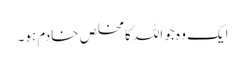
ایک وہ جو اللہ کا مخلص خادم ہو۔